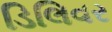
ડિલિવર